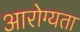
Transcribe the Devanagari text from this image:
आरोग्‍यता